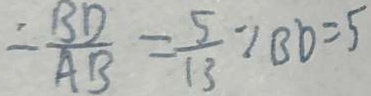
- \frac { B D } { A B } = \frac { 5 } { 1 3 } = B D = 5